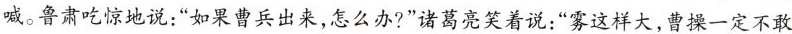
喊。鲁肃吃惊地说：”如果曹兵出来，怎么办?”诸葛亮笑着说：”雾这样大，曹操一定不敢